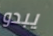
يبدو